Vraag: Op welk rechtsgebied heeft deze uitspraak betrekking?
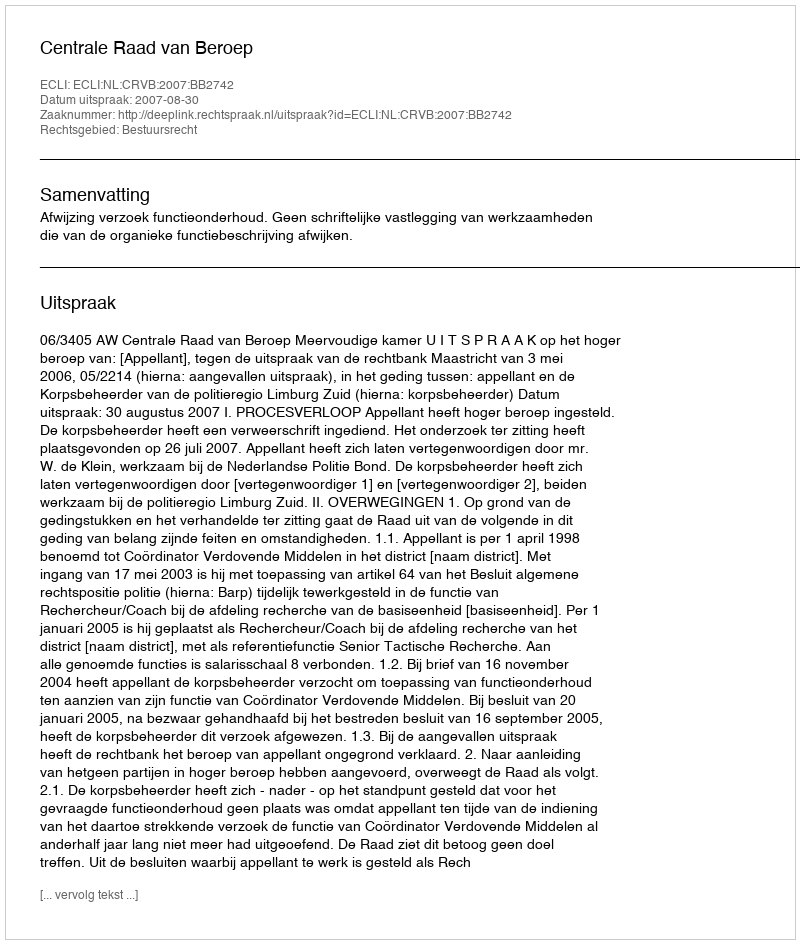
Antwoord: Bestuursrecht